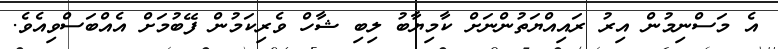
އެ މަސްނިމުން އިރު ރައިއްޔަތުންނަށް ކާމިޔާބު ލިބި ޝާހް ވެރިކަމުން ފޭބުމަށް އެއްބަސްވިއެވެ.